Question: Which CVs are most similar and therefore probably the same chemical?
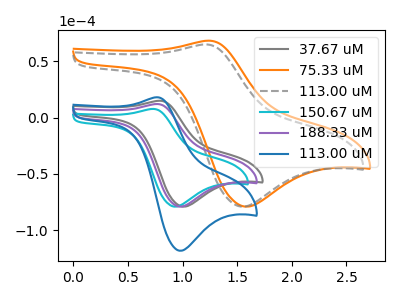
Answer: <think>The gray curve "37.67 uM" has an anodic peak at (0.80V, 14.95uA) and a cathodic peak at (1.00V, -79.05uA). The orange curve "75.33 uM" has an anodic peak at (1.25V, 68.30uA) and a cathodic peak at (1.60V, -79.05uA). The gray dashed curve "113.00 uM" has an anodic peak at (1.20V, 64.95uA) and a cathodic peak at (1.55V, -79.05uA). The cyan curve "150.67 uM" has an anodic peak at (0.75V, 7.70uA) and a cathodic peak at (0.95V, -79.05uA). The purple curve "188.33 uM" has an anodic peak at (0.75V, 12.05uA) and a cathodic peak at (1.00V, -79.05uA). The blue curve "113.00 uM" has an anodic peak at (0.75V, 18.05uA) and a cathodic peak at (1.00V, -118.20uA).
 "37.67 uM" and "75.33 uM" have at least one peak that do not match. "37.67 uM" and "113.00 uM" have at least one peak that do not match. "37.67 uM" and "150.67 uM" have at least one peak that do not match. All the peaks in "37.67 uM" have a peak in "188.33 uM" at the same potential. All the peaks in "37.67 uM" have a peak in "113.00 uM" at the same potential. Every peak in "37.67 uM" is lower than every peak in "113.00 uM". All the peaks in "75.33 uM" have a peak in "113.00 uM" at the same potential. "75.33 uM" and "150.67 uM" have at least one peak that do not match. "75.33 uM" and "188.33 uM" have at least one peak that do not match. "75.33 uM" and "113.00 uM" have at least one peak that do not match. "113.00 uM" and "150.67 uM" have at least one peak that do not match. "113.00 uM" and "188.33 uM" have at least one peak that do not match. "113.00 uM" and "113.00 uM" have at least one peak that do not match. All the peaks in "150.67 uM" have a peak in "188.33 uM" at the same potential. All the peaks in "150.67 uM" have a peak in "113.00 uM" at the same potential. Every peak in "150.67 uM" is lower than every peak in "113.00 uM". All the peaks in "188.33 uM" have a peak in "113.00 uM" at the same potential. Every peak in "188.33 uM" is lower than every peak in "113.00 uM".</think>
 <answer>"188.33 uM", "37.67 uM", "150.67 uM" and "113.00 uM" have the same shape and are likely CV's of the same chemical.</answer>
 <eval>"188.33 uM" "37.67 uM" "150.67 uM" "113.00 uM"</eval>